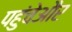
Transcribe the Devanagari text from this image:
पहुंचेऔर